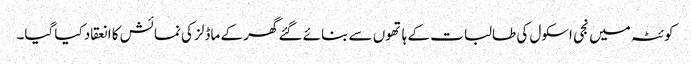
کوئٹہ میں نجی اسکول کی طالبات کے ہا تھوں سے بنائے گئے گھر کے ماڈلز کی نمائش کا انعقاد کیا گیا۔